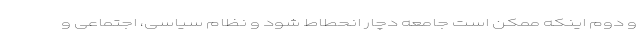
و دوم اینکه ممکن است جامعه دچار انحطاط شود و نظام سیاسی، اجتماعی و